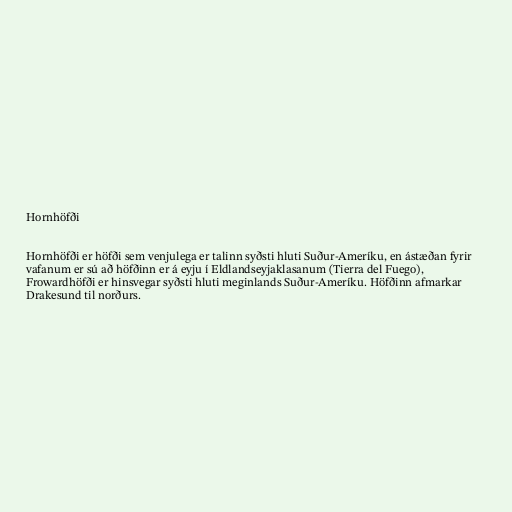
Hornhöfði

Hornhöfði er höfði sem venjulega er talinn syðsti hluti Suður-Ameríku, en ástæðan fyrir
vafanum er sú að höfðinn er á eyju í Eldlandseyjaklasanum (Tierra del Fuego),
Frowardhöfði er hinsvegar syðsti hluti meginlands Suður-Ameríku. Höfðinn afmarkar
Drakesund til norðurs.